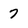
Character: 7